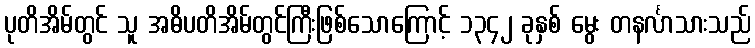
ပုတိအိမ်တွင် သူ အဓိပတိအိမ်တွင်ကြီးဖြစ်သောကြောင့် ၁၃၄၂ ခုနှစ် မွေး တနင်္လာသားသည်